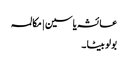
عائشہ یاسین | مکالمہ
بولو بیٹا ۔